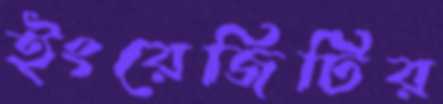
ইংরেজিটির